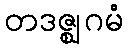
တဒဇ္ဈဂမံ